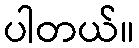
ပါတယ်။